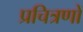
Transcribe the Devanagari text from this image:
प्रचित्रणों